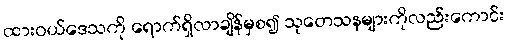
ထားဝယ်ဒေသကို ရောက်ရှိလာချိန်မှစ၍ သုတေသနများကိုလည်းကောင်း